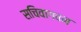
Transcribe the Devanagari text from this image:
सचिवागवन